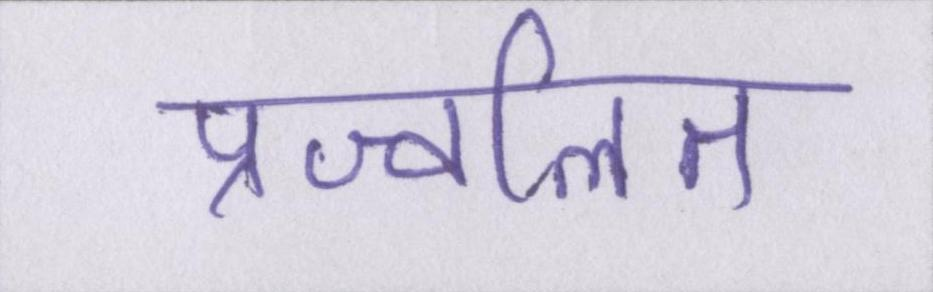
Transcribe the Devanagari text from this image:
प्रज्वलित